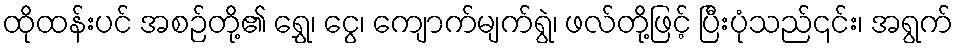
ထိုထန်းပင် အစဉ်တို့၏ ရွှေ၊ ငွေ၊ ကျောက်မျက်ရွဲ၊ ဖလ်တို့ဖြင့် ပြီးပုံသည်၎င်း၊ အရွက်